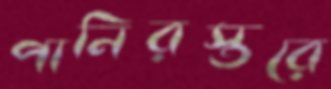
পানিরস্তরে